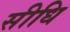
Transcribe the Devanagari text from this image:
सीधि